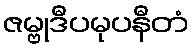
ဇမ္ဗုဒီပမုပနီတံ